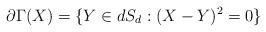
LaTeX: \begin{align*}{\partial \Gamma}(X) =\{Y\in dS_d: (X-Y)^2=0\}\end{align*}